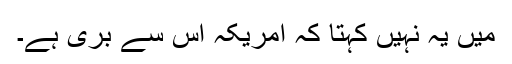
میں یہ نہیں کہتا کہ امریکہ اس سے برى ہے۔